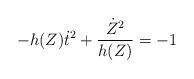
LaTeX: \begin{align*}-h(Z)\dot{t}^2+\frac{\dot{Z}^2}{h(Z)}=-1\end{align*}